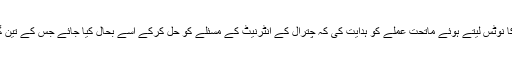
ایگزیکیٹو وائس پریذیڈنٹ وجیہہ انور نے فوری طور پر اس مسئلے کا نوٹس لیتے ہوئے ماتحت عملے کو ہدایت کی کہ چترال کے انٹرنیٹ کے مسئلے کو حل کرکے اسے بحال کیا جائے جس کے تین گھنٹے بعد انٹرنیٹ نے کام شروع کیا مگر اس کا سپیڈ بدستور کم ہے۔